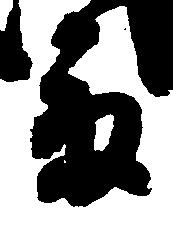
富